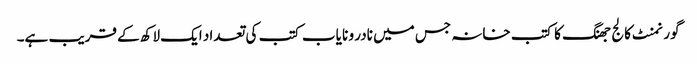
گورنمنٹ کالج جھنگ کا کتب خانہ جس میں نادر و نا یاب کتب کی تعداد ایک لاکھ کے قریب ہے۔